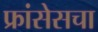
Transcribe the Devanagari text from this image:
फ्रांसेसचा